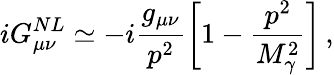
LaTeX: iG_{\mu\nu}^{NL}\simeq-i\frac{g_{\mu\nu}}{p^{2}}\biggl[1-\frac{p^{2}}{M_{\gamma}^{2}}\biggr]\, ,